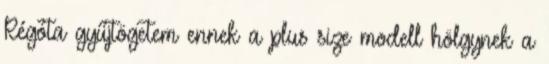
Régóta gyűjtögetem ennek a plus size modell hölgynek a